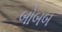
બોબબ